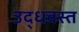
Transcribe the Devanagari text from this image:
उद्धवस्त